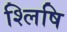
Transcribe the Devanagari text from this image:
श्लिषि